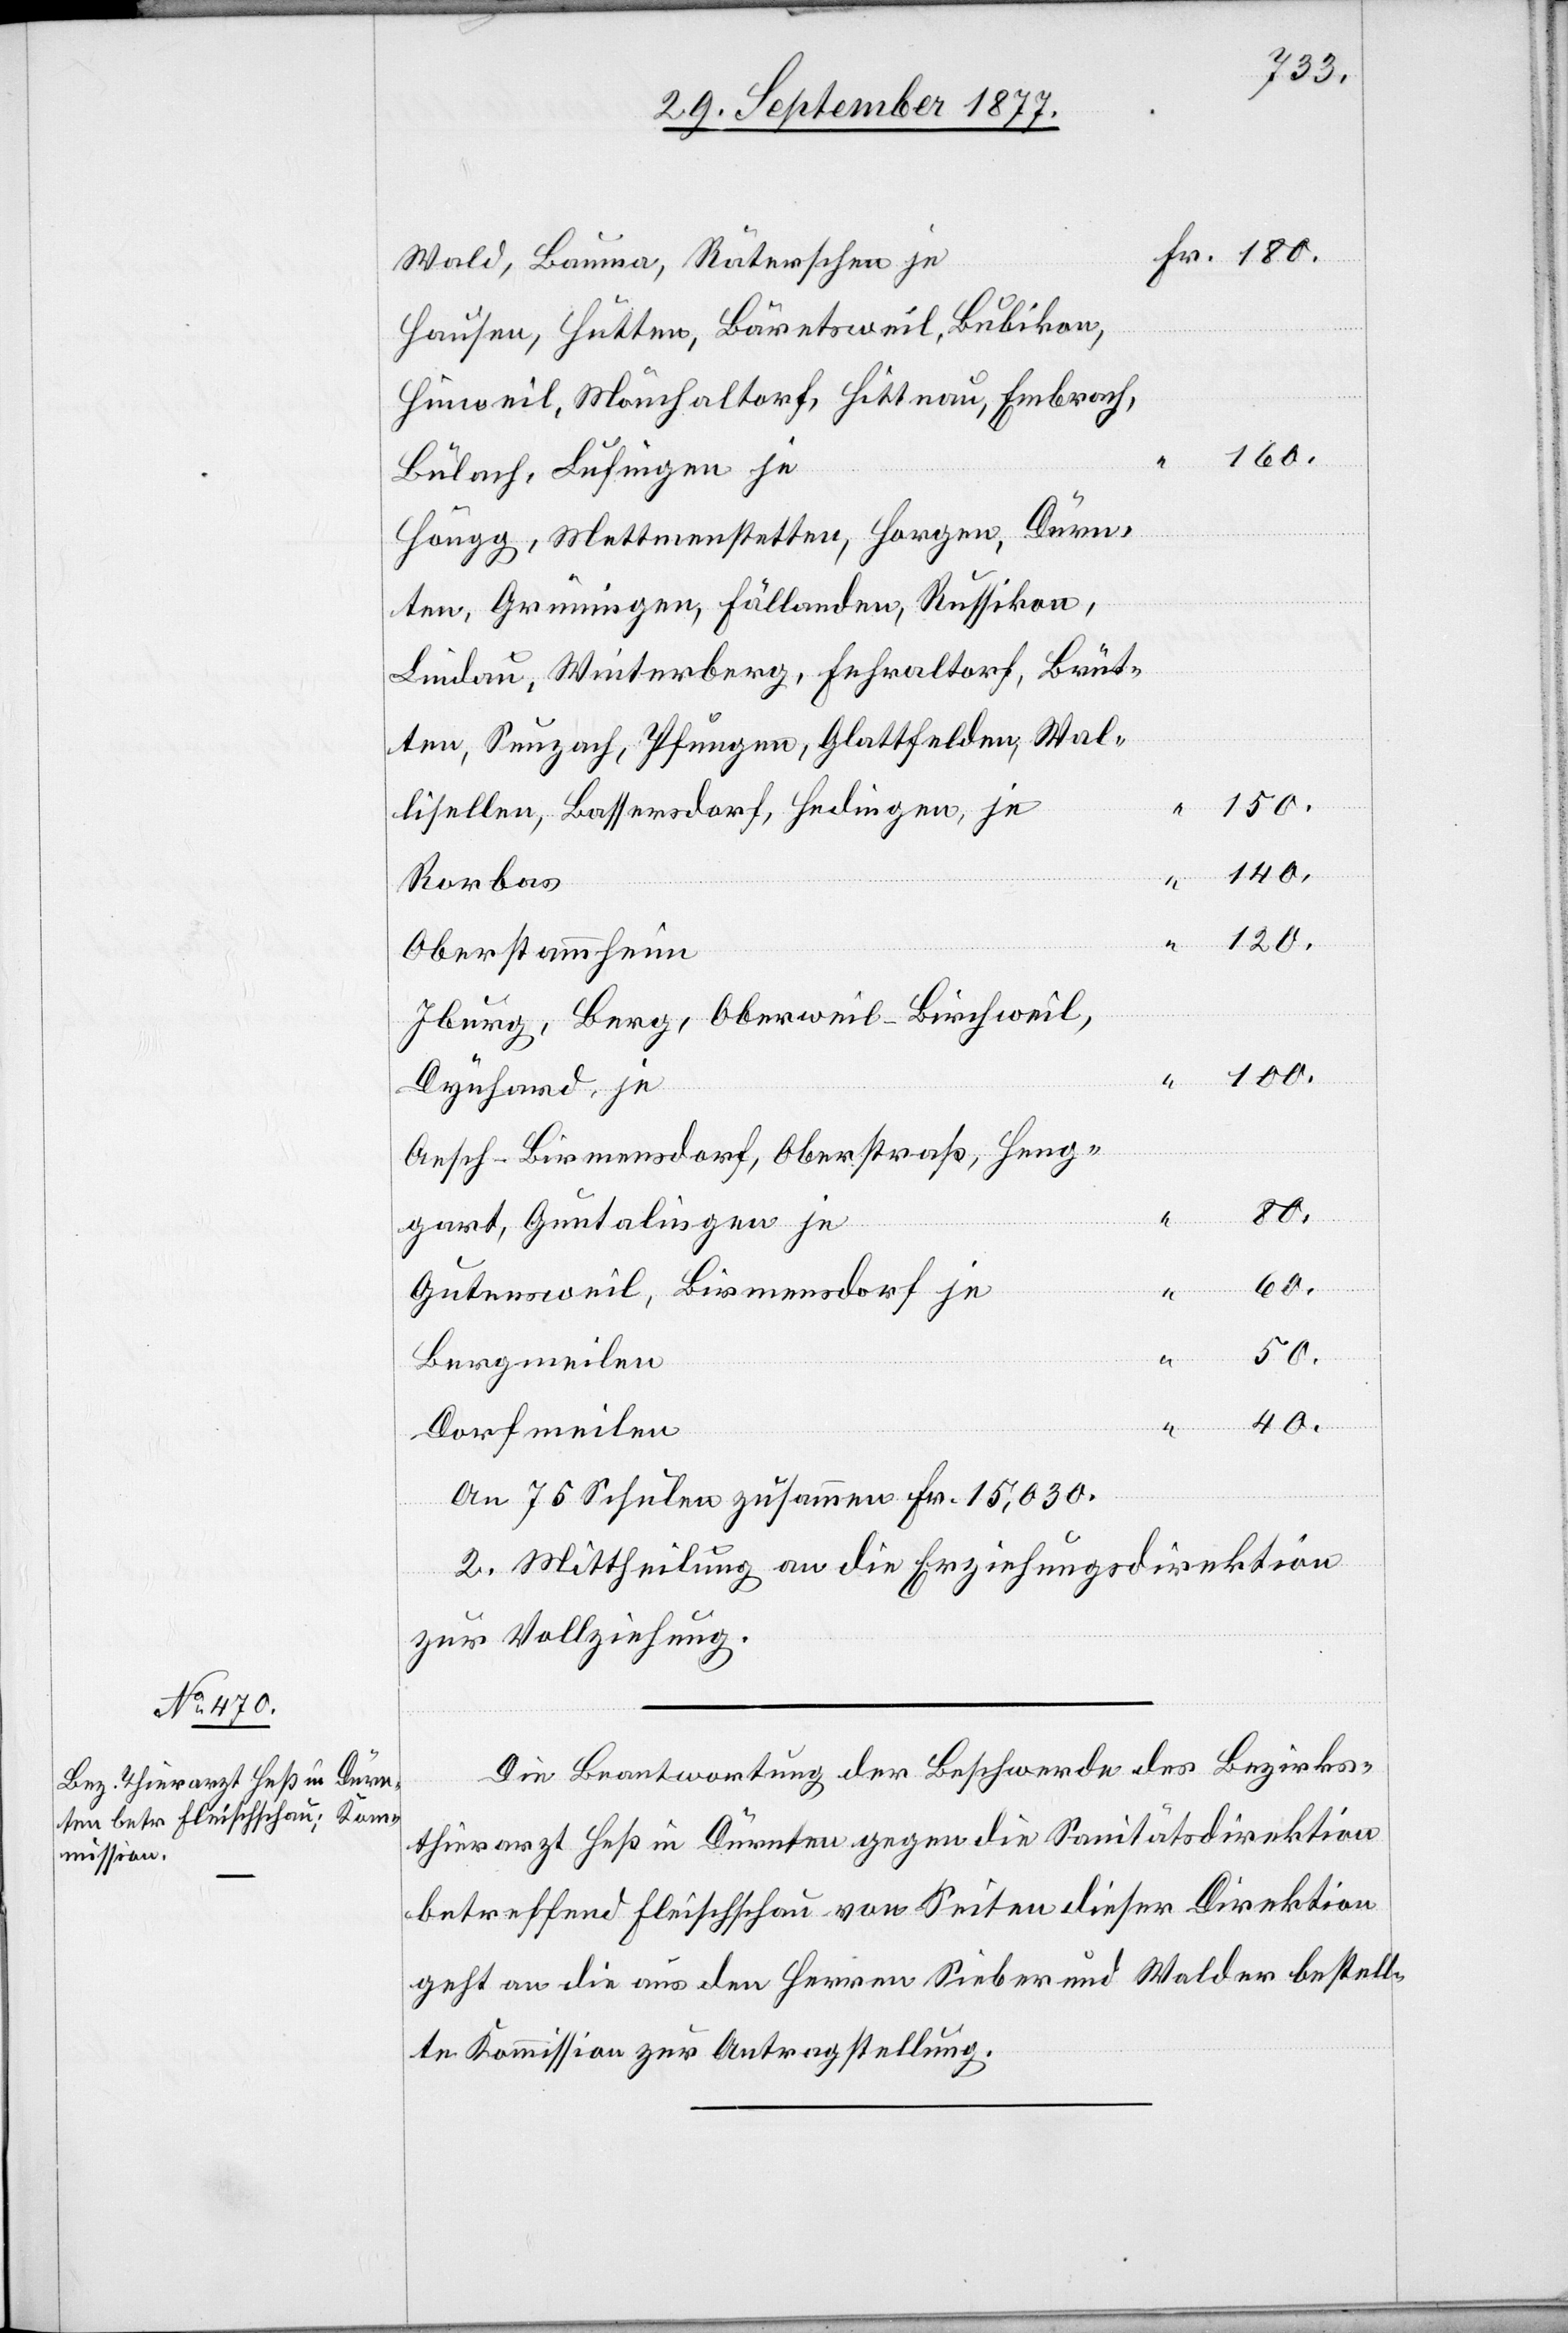
Wald, Bauma, Räterschen je
Hausen, Hutten, Bäretsweil, Bubikon,
Hinweil, Mönchaltorf, Hittnau, Embrach,
160.
Bülach, Lufingen je
Höngg, Mettmenstetten, Horgen, Dürn¬
ten, Grüningen, Fällanden, Russikon,
Lindau, Winterberg, Fehraltorf, Brüt¬
ten, Seuzach, Pfungen, Glattfelden, Wal¬
100.
lisellen, Bassersdorf, Hedingen, je
120.
Rorbas
Oberstammheim
Iburg, Berg, Oberweil-Birchweil,
Dynhard, je
Aesch-Birmensdorf, Oberstraß, Heng¬
50.
gart, Guntalingen je
60.
Fr.
Gutensweil, Birmensdorf je
Bergmeilen
40.
Dorfmeilen
An 75 Schulen zusammen Fr. 15,030.
2. Mittheilung an die Erziehungsdirektion
zur Vollziehung.
Die Beantwortung der Beschwerde des Bezirks¬
thierarzt Heß in Dürnten gegen die Sanitätsdirektion
betreffend Fleischschau von Seiten dieser Direktion
geht an die aus den Herren Sieber und Walder bestell¬
te Kommission zur Antragstellung.